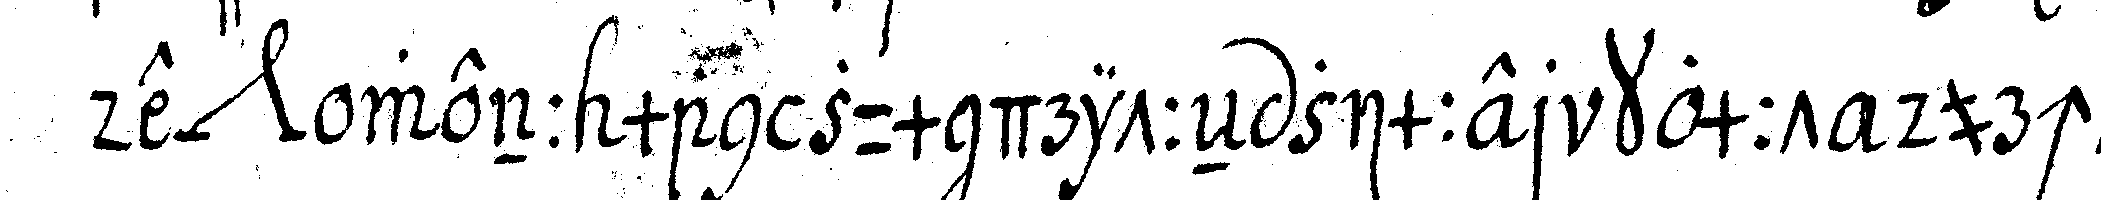
de *nee* wenn man zum dritteN zimmer kommt durch